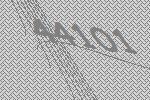
44101